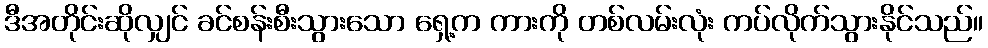
ဒီအတိုင်းဆိုလျှင် ခင်စန်းစီးသွားသော ရှေ့က ကားကို တစ်လမ်းလုံး ကပ်လိုက်သွားနိုင်သည်။